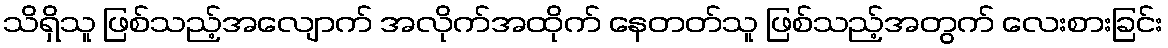
သိရှိသူ ဖြစ်သည့်အလျောက် အလိုက်အထိုက် နေတတ်သူ ဖြစ်သည့်အတွက် လေးစားခြင်း